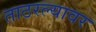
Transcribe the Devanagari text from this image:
ताठरल्यावर